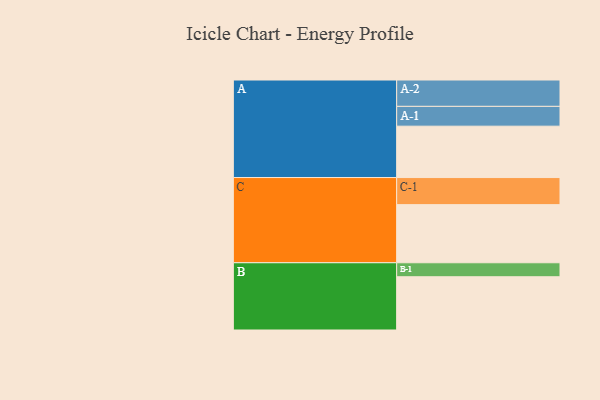
{"axis": {"x": "Segment", "y": "Value"}, "legend": ["", "A", "B", "C"], "data": [{"x": "A", "y": 495, "type": ""}, {"x": "B", "y": 513, "type": ""}, {"x": "C", "y": 560, "type": ""}, {"x": "A-1", "y": 191, "type": "A"}, {"x": "A-2", "y": 254, "type": "A"}, {"x": "B-1", "y": 135, "type": "B"}, {"x": "C-1", "y": 261, "type": "C"}]}